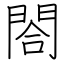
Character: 閤